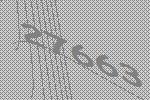
27663